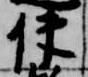
使